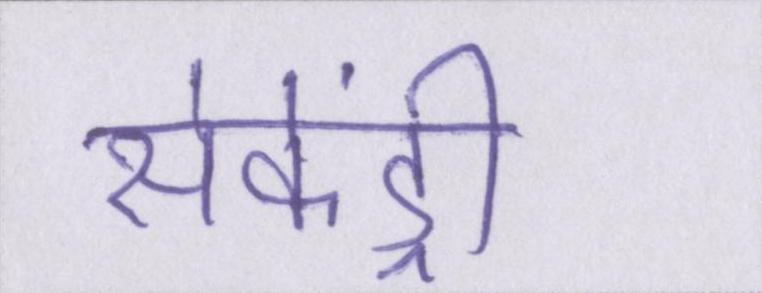
सेकेंड्री